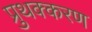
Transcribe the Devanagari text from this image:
प्रुथक्करण